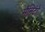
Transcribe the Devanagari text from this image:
मैनिटो